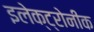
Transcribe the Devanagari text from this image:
इलेक्ट्रोनीक